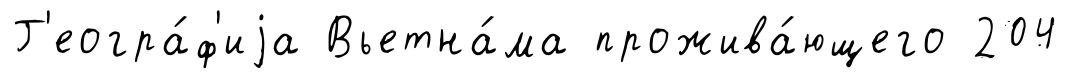
Г'еогра́ф'иjа Вьетна́ма прожива́ющего 204